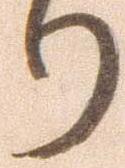
り